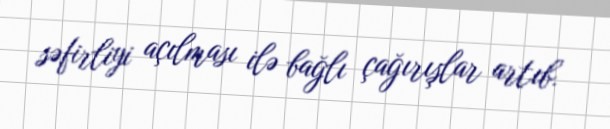
səfirliyi açılması ilə bağlı çağırışlar artıb.